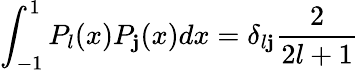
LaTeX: \int_{-1}^{1}P_{l}(x)P_{\mathbf{j}}(x)dx=\delta_{l\mathbf{j}}\frac{{2}}{{2l+1}}